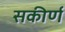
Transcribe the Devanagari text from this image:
सकीर्ण